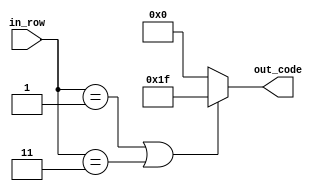
`timescale 1ns / 1ps
//////////////////////////////////////////////////////////////////////////////////
// Company: 
// Engineer: 
// 
// Design Name: 
// Module Name:    bigual 
// Project Name: 
// Target Devices: 
// Tool versions: 
// Description: 
//
// Dependencies: 
//
// Revision: 
// Revision 0.01 - File Created
// Additional Comments: 
//
//////////////////////////////////////////////////////////////////////////////////
module bigual(
	 input [2:0] in_row,
    output reg [4:0] out_code
    );

parameter [4:0] d_1 = 5'b11111; // XXXXX


always @ *
begin
	if (in_row == 3'b001 || in_row == 3'b011)
		out_code = d_1;
	else
		out_code = 5'b0;
end

endmodule